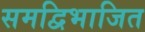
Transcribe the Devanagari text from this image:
समद्विभाजित